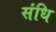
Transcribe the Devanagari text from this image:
संधि